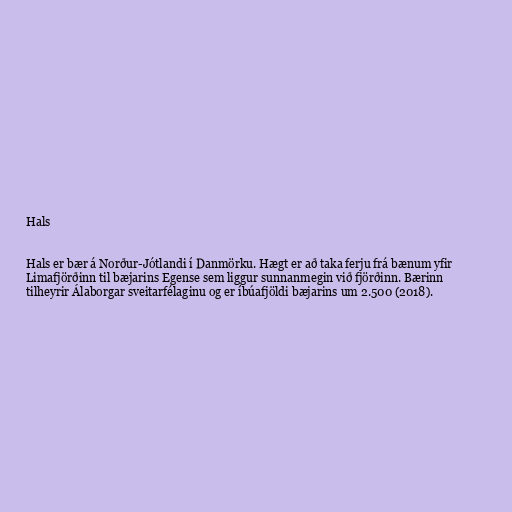
Hals

Hals er bær á Norður-Jótlandi í Danmörku. Hægt er að taka ferju frá bænum yfir
Limafjörðinn til bæjarins Egense sem liggur sunnanmegin við fjörðinn. Bærinn
tilheyrir Álaborgar sveitarfélaginu og er íbúafjöldi bæjarins um 2.500 (2018).